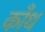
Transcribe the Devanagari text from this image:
काँध